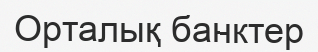
Орталық банктер